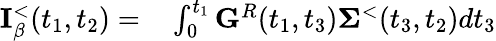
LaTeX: \begin{array}{rl}{{\mathbf I}_{\beta}^{<}(t_{1},t_{2})=}&{{}\int_{0}^{t_{1}}{\mathbf G}^{R}(t_{1},t_{3}){\mathbf\Sigma}^{<}(t_{3},t_{2})dt_{3}}\end{array}